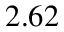
2 . 6 2